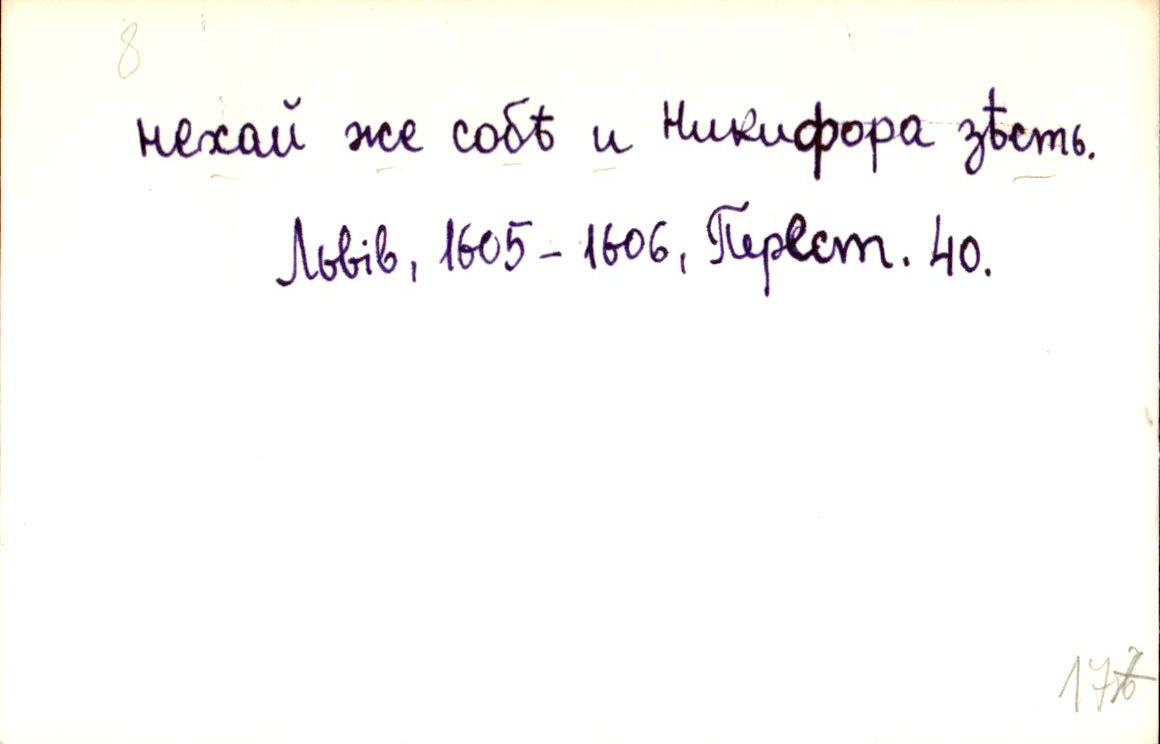
нехай же собѣ и Никифора зѣсть.
Львів, 1605-1606, Перест. 40.